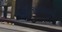
અહીરાવણનો